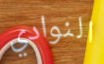
النوادي